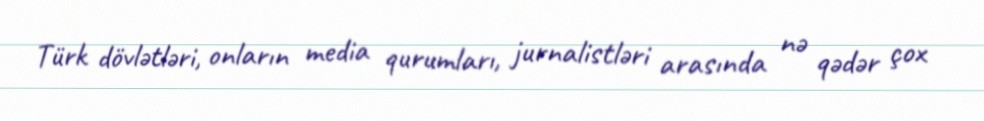
Türk dövlətləri, onların media qurumları, jurnalistləri arasında nə qədər çox